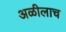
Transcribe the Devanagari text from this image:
अळीलाच